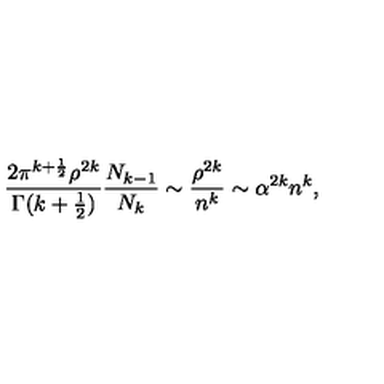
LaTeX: \frac { 2 \pi ^ { k + \frac { 1 } { 2 } } \rho ^ { 2 k } } { \Gamma ( k + \frac { 1 } { 2 } ) } \frac { N _ { k - 1 } } { N _ { k } } \sim \frac { \rho ^ { 2 k } } { n ^ { k } } \sim \alpha ^ { 2 k } n ^ { k } ,